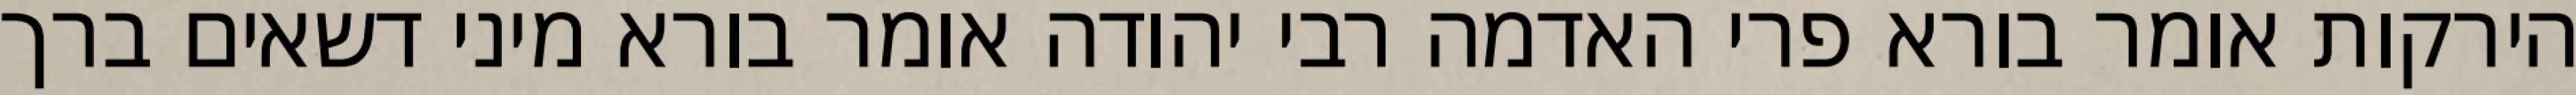
הירקות אומר בורא פרי האדמה רבי יהודה אומר בורא מיני דשאים ברך